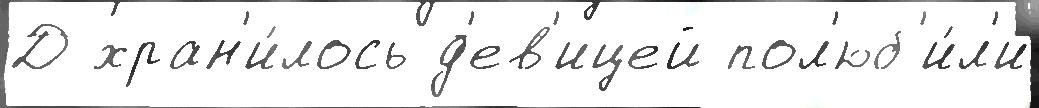
Д хран'и́лось д'ев'ицей пол'юб'и́л'и